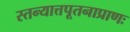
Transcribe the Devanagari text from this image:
स्तन्यात्तपूतनाप्राणः